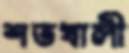
শতখালী